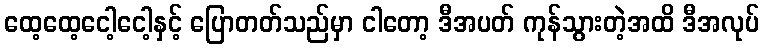
ထေ့ထေ့ငေါ့ငေါ့နှင့် ပြောတတ်သည်မှာ ငါတော့ ဒီအပတ် ကုန်သွားတဲ့အထိ ဒီအလုပ်